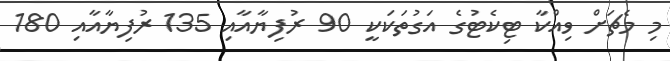
މި މެޗަށް ވިއްކާ ޓިކެޓުގެ އަގުތަކަކީ 90 ރުފިޔާއާއި 135 ރުފިޔާއާއި 180